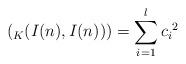
LaTeX: \begin{align*}(_{K}(I(n),I(n)))=\sum_{i=1}^{l}{c_i}^{2}\end{align*}